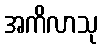
အကိလာသု